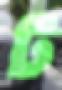
ট